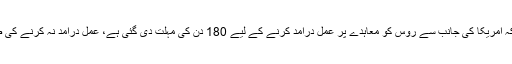
امریکی وزیر خارجہ نے سٹیٹ ڈیپارٹمنٹ میں بریفنگ دیتے ہوئے کہا کہ امریکا کی جانب سے روس کو معاہدے پر عمل درآمد کرنے کے لیے 180 دن کی مہلت دی گئی ہے، عمل درآمد نہ کرنے کی صورت میں امریکا روس کے ساتھ طے پانے والا معاہدہ ختم کر دے گا۔